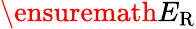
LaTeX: \ensuremath{E_{\mathrm{R}}}